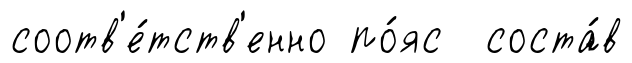
соотв'е́тств'енно по́яс соста́в